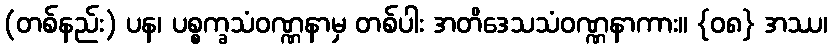
(တစ်နည်း) ပန၊ ပစ္စက္ခသံဝဏ္ဏနာမှ တစ်ပါး အတိဒေသသံဝဏ္ဏနာကား။ {၀၈} အဿ၊